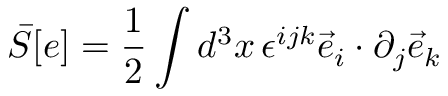
{ \bar { S } } [ e ] = \frac { 1 } { 2 } \int d ^ { 3 } x \, \epsilon ^ { i j k } { \vec { e } } _ { i } \cdot \partial _ { j } { \vec { e } } _ { k }